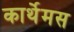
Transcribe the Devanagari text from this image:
कार्थेमस